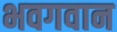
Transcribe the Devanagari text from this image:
भवगवान